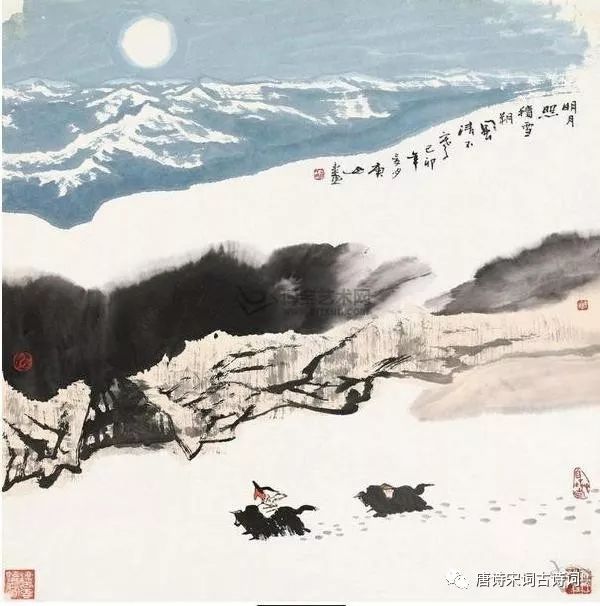
运往无淹物，年逝觉已催。